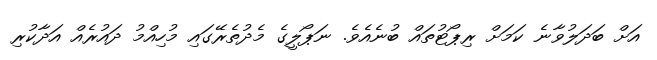
އަށް ބަދަލުވާނެ ކަމަށް ރިޕޯޓުތައް ބުނެއެވެ. ނަޕޯލީގެ މެދުތެރޭގައި މުހިއްމު ދައުރެއް އަދާކުރި